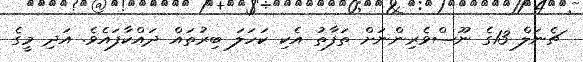
ޗެނަލް 13ގެ ނޫސްވެރިންނަށް ތަފާތު އެކި ކަހަލަ ބިރުތައް ދައްކާފައެވެ. އަދި މީގެ